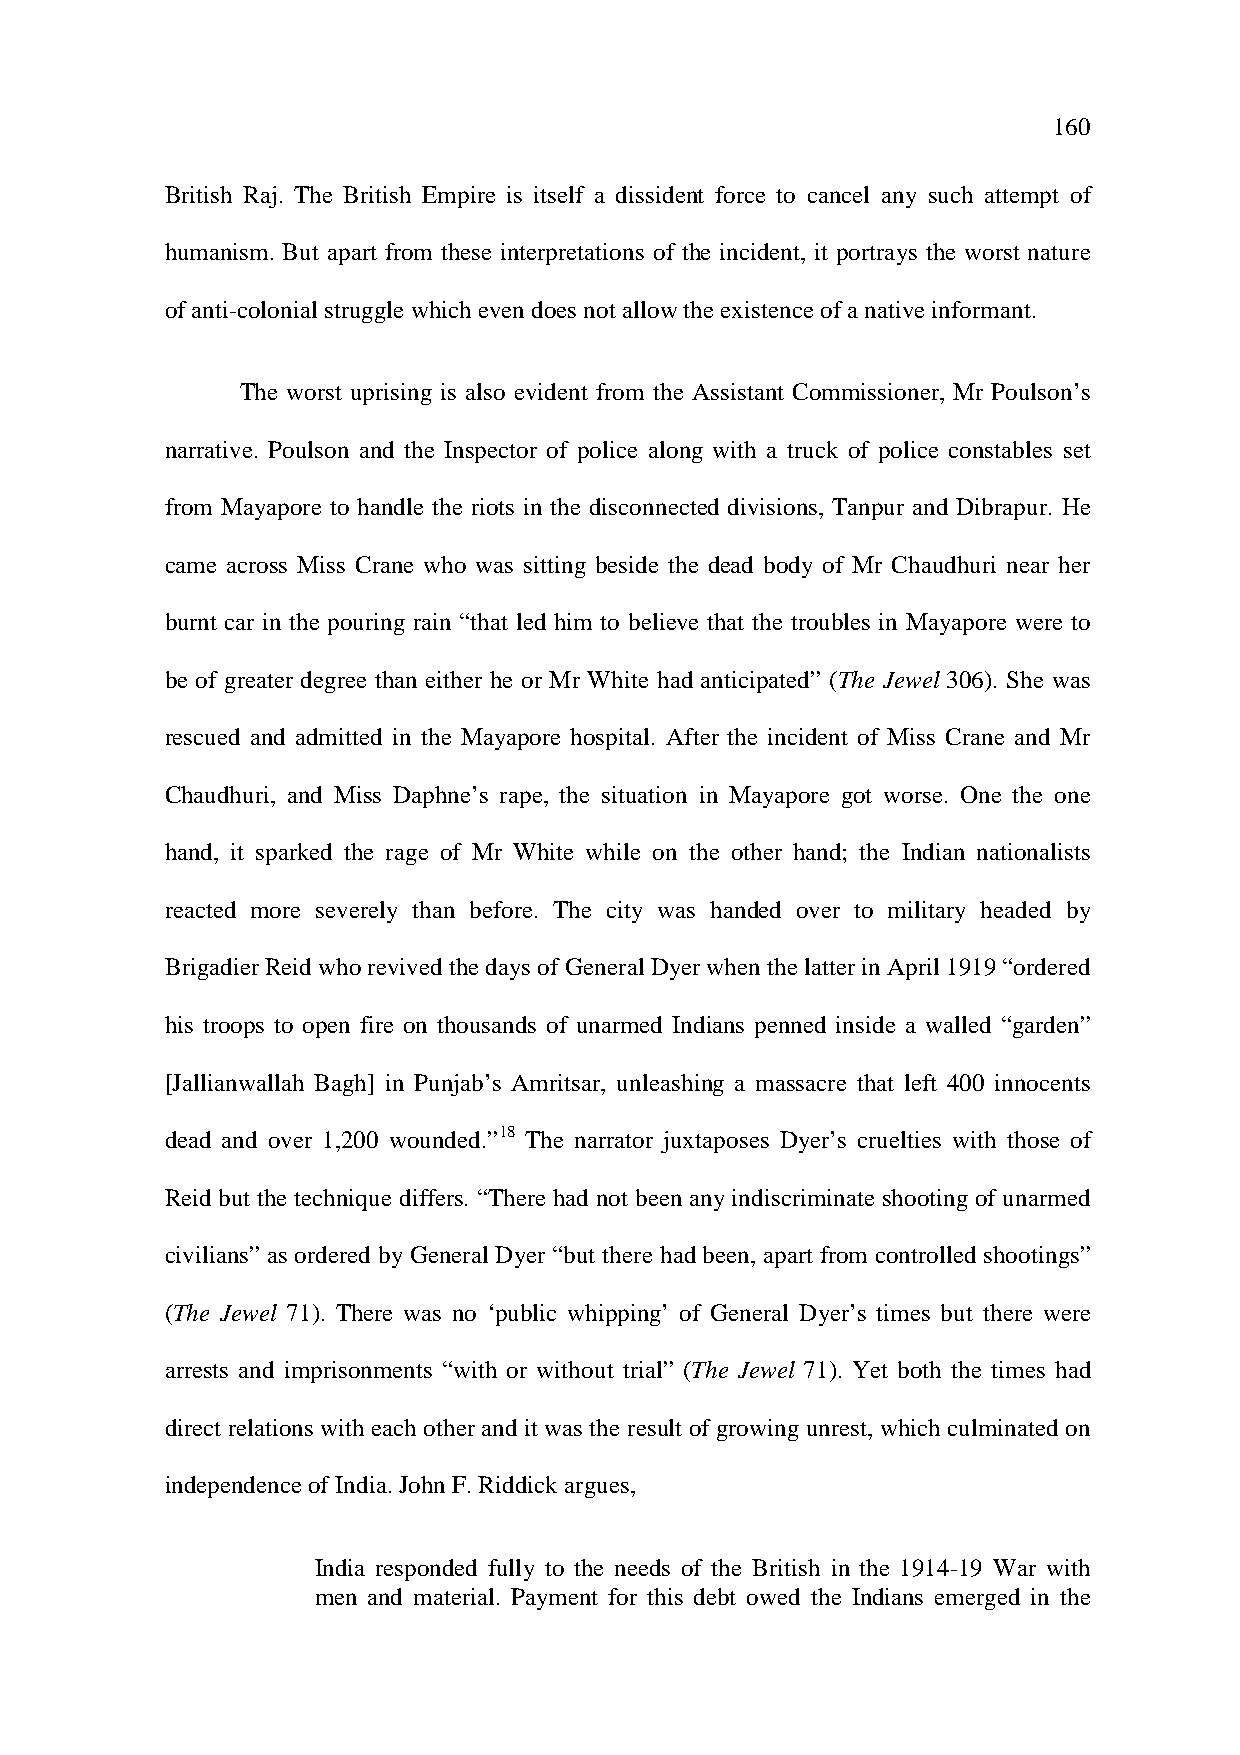
160
 British Raj. The British Empire is itself a dissident force to cancel any such attempt of
 humanism. But apart from these interpretations of the incident, it portrays the worst nature
 of anti-colonial struggle which even does not allow the existence of a native informant.
 The worst uprising is also evident from the Assistant Commissioner, Mr Poulson’s
 narrative. Poulson and the Inspector of police along with a truck of police constables set
 from Mayapore to handle the riots in the disconnected divisions, Tanpur and Dibrapur. He
 came across Miss Crane who was sitting beside the dead body of Mr Chaudhuri near her
 burnt car in the pouring rain “that led him to believe that the troubles in Mayapore were to
 be of greater degree than either he or Mr White had anticipated” (The Jewel 306). She was
 rescued and admitted in the Mayapore hospital. After the incident of Miss Crane and Mr
 Chaudhuri, and Miss Daphne’s rape, the situation in Mayapore got worse. One the one
 hand, it sparked the rage of Mr White while on the other hand; the Indian nationalists
 reacted more severely than before. The city was handed over to military headed by
 Brigadier Reid who revived the days of General Dyer when the latter in April 1919 “ordered
 his troops to open fire on thousands of unarmed Indians penned inside a walled “garden”
 [Jallianwallah Bagh] in Punjab’s Amritsar, unleashing a massacre that left 400 innocents
 dead and over 1,200 wounded.”18 The narrator juxtaposes Dyer’s cruelties with those of
 Reid but the technique differs. “There had not been any indiscriminate shooting of unarmed
 civilians” as ordered by General Dyer “but there had been, apart from controlled shootings”
 (The Jewel 71). There was no ‘public whipping’ of General Dyer’s times but there were
 arrests and imprisonments “with or without trial” (The Jewel 71). Yet both the times had
 direct relations with each other and it was the result of growing unrest, which culminated on
 independence of India. John F. Riddick argues,
 India responded fully to the needs of the British in the 1914-19 War with
 men and material. Payment for this debt owed the Indians emerged in the